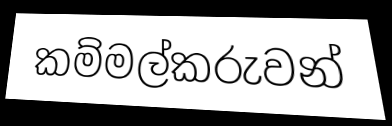
කම්මල්කරුවන්